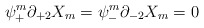
\begin{align*}\psi^m_+\partial_{+2}X_m=\psi^m_-\partial_{-2}X_m=0\end{align*}